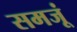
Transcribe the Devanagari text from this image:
समजूं